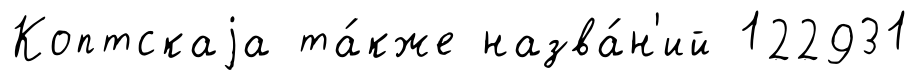
Коптскаjа та́кже назва́н'ий 122931